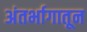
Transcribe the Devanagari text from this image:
अंतर्भागातून